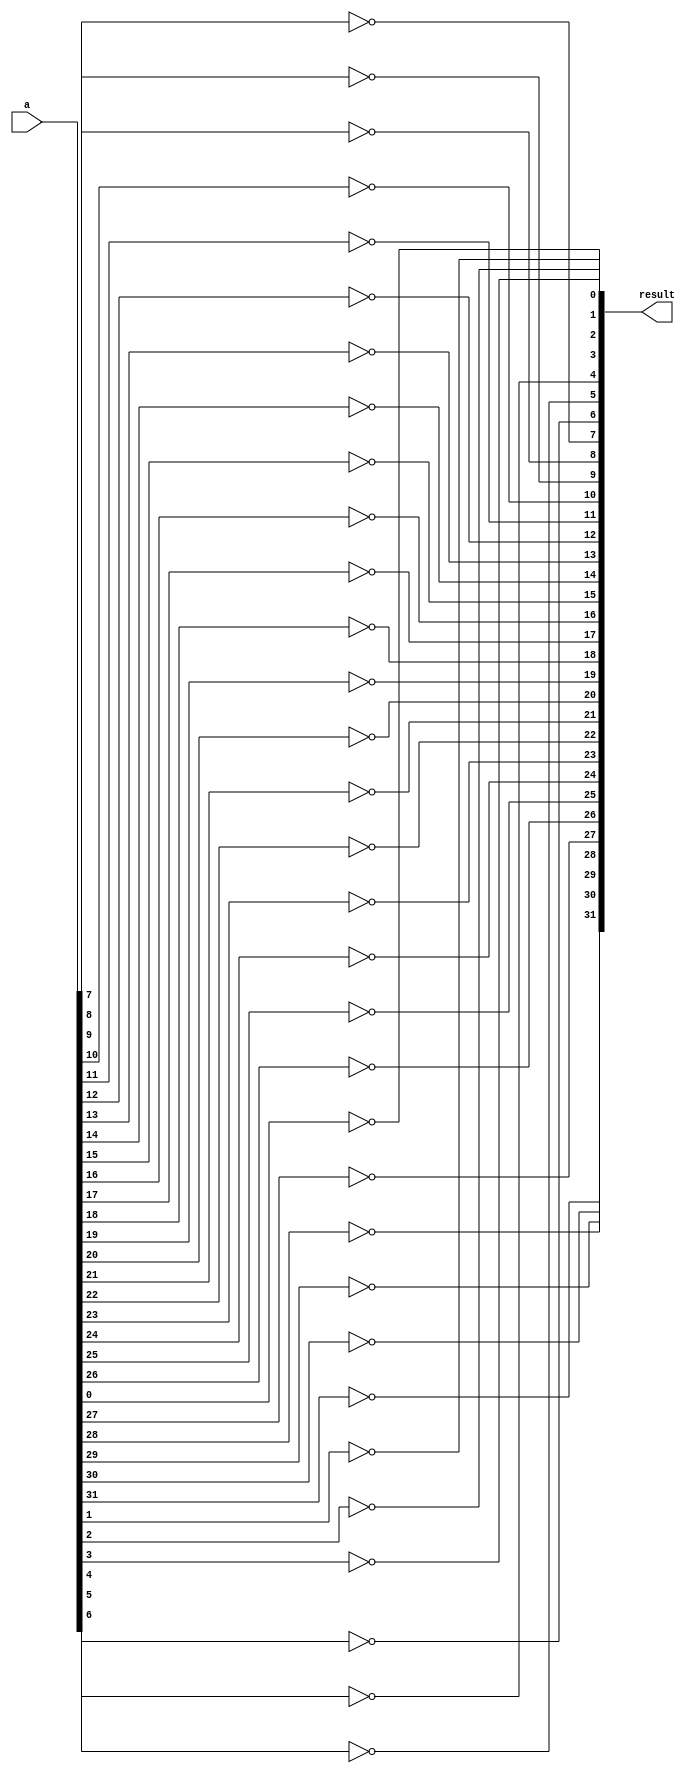
module NOT_32 (input [31:0] a, output [31:0] result);
	reg [31:0] temp;
	integer i;
	assign result = temp;
	always @ (a) begin
		for (i = 0; i < 32; i = i + 1) 
		begin
			temp[i] = !a[i];
		end
	end
endmodule